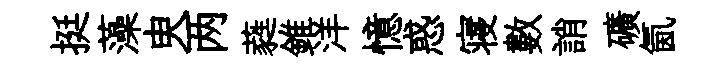
挺藻㬰两蕤錐洋憶惑寝數誚礦氤